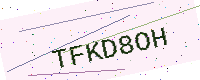
Text: TFKD8OH